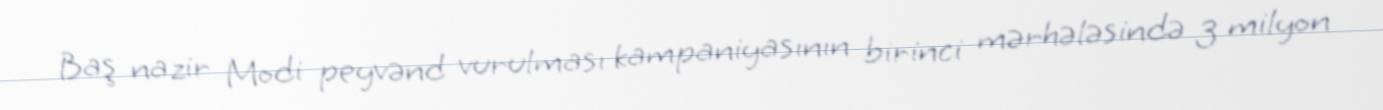
Baş nazir Modi peyvənd vurulması kampaniyasının birinci mərhələsində 3 milyon